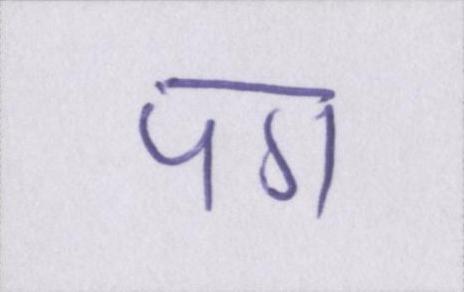
पग